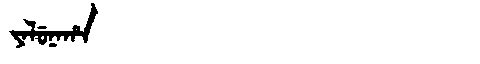
Manchu: ᠶᠠᠯᡠᠨᠠᡥᠠ
Romanization: YALUNAHA